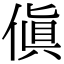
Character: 傎